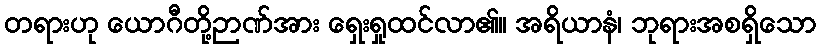
တရားဟု ယောဂီတို့ဉာဏ်အား ရှေးရှုထင်လာ၏။ အရိယာနံ၊ ဘုရားအစရှိသော